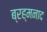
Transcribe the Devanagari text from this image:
ब्रह्मनाद